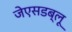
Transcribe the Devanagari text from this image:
जेएसडब्लू